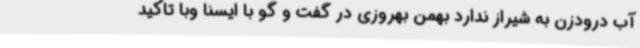
آب درودزن به شیراز ندارد بهمن بهروزی در گفت و گو با ایسنا وبا تاکید